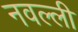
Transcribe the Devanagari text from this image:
नवल्ली